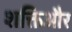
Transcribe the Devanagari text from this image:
शक्तिऔर